Annual administration and progress report of the Indian Medical Department, Bombay
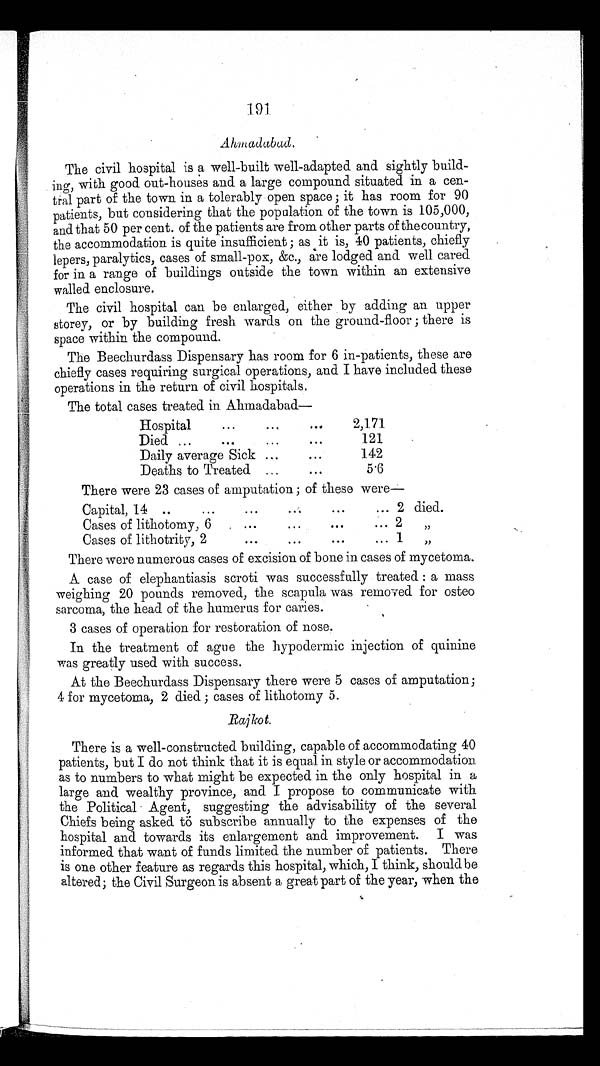
191
Ahmadabad.
The civil hospital is a well-built well-adapted and sightly build-
ing, with good out-houses and a large compound situated in a cen-
tral part of the town in a tolerably open space ; it has room for 90
patients, but considering that the population of the town is 105,000,
and that 50 per cent. of the patients are from other parts of the country,
the accommodation is quite insufficient ; as it is, 40 patients, chiefly
lepers, paralytics, cases of small-pox, &c., are lodged and well cared
for in a range of buildings outside the town within an extensive
walled enclosure.
The civil hospital can be enlarged, either by adding an upper
storey, or by building fresh wards on the ground-floor ; there is
space within the compound.
The Beechurdass Dispensary has room for 6 in-patients, these are
chiefly cases requiring surgical operations, and I have included these
operations in the return of civil hospitals.
The total cases treated in Ahmadabad
Hospital
2,171
Died
121
Daily average Sick
142
Deaths to Treated
5.6
There were 23 cases of amputation ; of these were
Capital, 14
2 died.
Cases of lithotomy, 6
2
„
Cases of lithotrity, 2
1
„
There were numerous cases of excision of bone in cases of mycetoma.
A case of elephantiasis scroti was successfully treated : a mass
weighing 20 pounds removed, the scapula was removed for osteo
sarcoma, the head of the humerus for caries.
3 cases of operation for restoration of nose.
In the treatment of ague the hypodermic injection of quinine
was greatly used with success.
At the Beechurdass Dispensary there were 5 cases of amputation;
4 for mycetoma, 2 died ; cases of lithotomy 5.
Bajkot.
There is a well-constructed building, capable of accommodating 40
patients, but I do not think that it is equal in style or accommodation
as to numbers to what might be expected in the only hospital in a
large and wealthy province, and I propose to communicate with
the Political Agent, suggesting the advisability of the several
Chiefs being asked to subscribe annually to the expenses of the
hospital and towards its enlargement and improvement. I was
informed that want of funds limited the number of patients. There
is one other feature as regards this hospital, which, I think, should be
altered; the Civil Surgeon is absent a great part of the year, when the